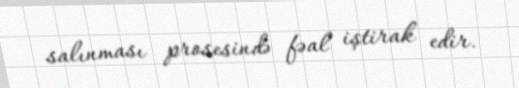
salınması prosesində fəal iştirak edir.